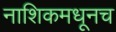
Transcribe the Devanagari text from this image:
नाशिकमधूनच